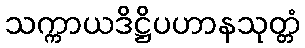
သက္ကာယဒိဋ္ဌိပဟာနသုတ္တံ